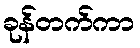
ခုန်တက်ကာ